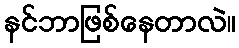
နင်ဘာဖြစ်နေတာလဲ။